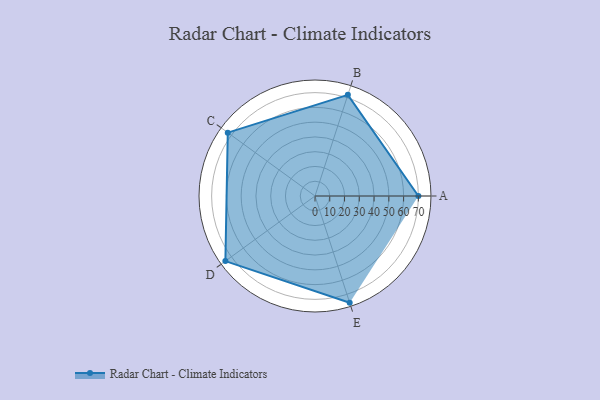
{"axis": {"x": "Skill", "y": "Score"}, "legend": ["Profile"], "data": [{"x": "A", "y": 70.0, "type": "Profile"}, {"x": "B", "y": 72.0, "type": "Profile"}, {"x": "C", "y": 73.0, "type": "Profile"}, {"x": "D", "y": 75.0, "type": "Profile"}, {"x": "E", "y": 76.0, "type": "Profile"}]}